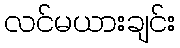
လင်မယားချင်း